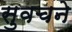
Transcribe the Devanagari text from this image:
सुवचने